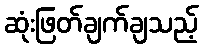
ဆုံးဖြတ်ချက်ချသည့်